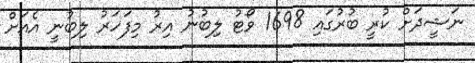
ނަޝީދަށް ކުރީ ބުރުގައި 1698 ވޯޓު ލިބުނު އިރު މިފަހަރު ލިބުނީ އެއަށް